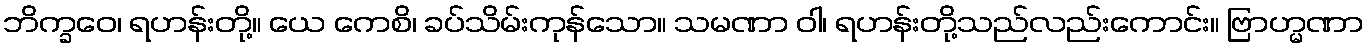
ဘိက္ခဝေ၊ ရဟန်းတို့။ ယေ ကေစိ၊ ခပ်သိမ်းကုန်သော။ သမဏာ ဝါ၊ ရဟန်းတို့သည်လည်းကောင်း။ ဗြာဟ္မဏာ